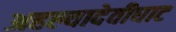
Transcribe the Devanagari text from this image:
अहल्यादेवीघाट